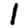
Digit: 1